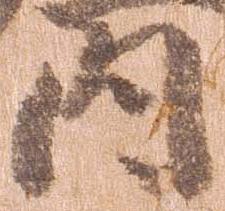
内